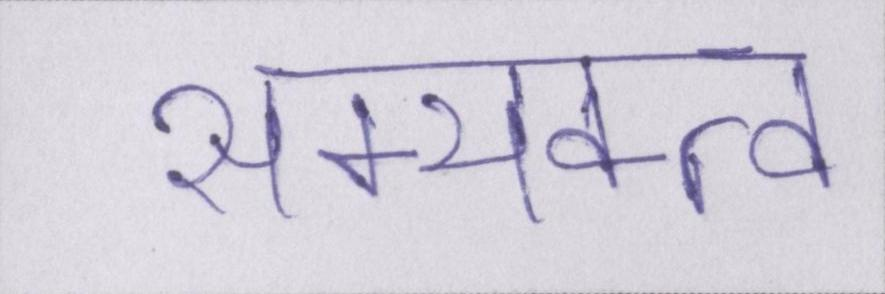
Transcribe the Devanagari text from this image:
सम्यक्त्व